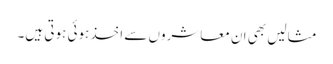
مثالیں بھی ان معاشروں سے اخذ ہوئی ہوتی ہیں۔